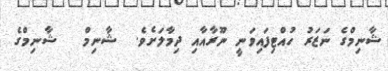
ޝާނިމްގެ ނަޒަރު ހުއްޓިފައިވަނީ ނޫރާއާއި ދިމާލަށެެވެ.  ޝާނިމް   ޝާނިމްގެ